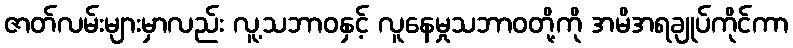
ဇာတ်လမ်းများမှာလည်း လူ့သဘာဝနှင့် လူနေမှုသဘာဝတို့ကို အမိအရချုပ်ကိုင်ကာ